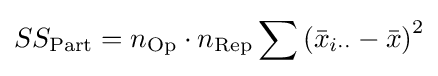
SS_{\text{Part}}=n_{\text{Op}}\cdot n_{\text{Rep}}\sum \left({\bar {x}}_{i\cdot \cdot }-{\bar {x}}\right)^{2}